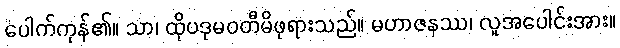
ပေါက်ကုန်၏။ သာ၊ ထိုပဒုမဝတီမိဖုရားသည်။ မဟာဇနဿ၊ လူအပေါင်းအား။